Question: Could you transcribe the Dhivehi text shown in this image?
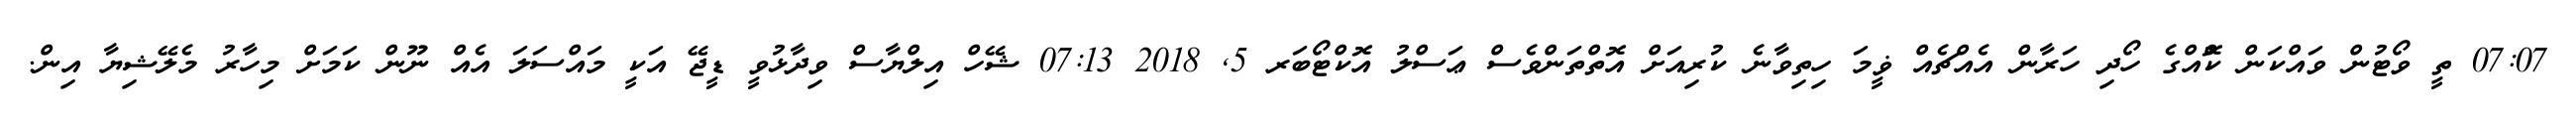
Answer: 07:07 ތީ ވޯޓުން ވައްކަން ކޮްއްގެ ހޯދި ހަރާން އެއްޗެއް ޥީމަ ހިތިވާނެ ކުރިއަށް އޮތްތަންވެސް ޢަސްލު އޮކްޓޯބަރ 5, 2018 07:13 ޝޭހް އިލްޔާސް ވިދާޅުވީ ޑީޖޭ އަކީ މައްސަލަ އެއް ނޫން ކަމަށް މިހާރު މެލޭޝިޔާ އިން.